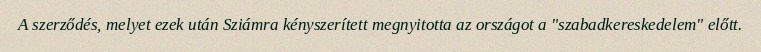
A szerződés, melyet ezek után Sziámra kényszerített megnyitotta az országot a "szabadkereskedelem" előtt.